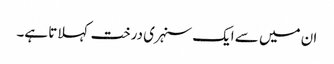
ان میں سے ایک سنہری درخت کہلاتا ہے۔